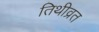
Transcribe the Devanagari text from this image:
तिथीव्रत